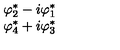
\begin{array} { c } { \varphi _ { 2 } ^ { * } - i \varphi _ { 1 } ^ { * } } \\ { \varphi _ { 4 } ^ { * } + i \varphi _ { 3 } ^ { * } } \\ \end{array}